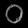
Digit: ၀